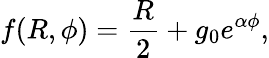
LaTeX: f(R,\phi)=\frac{R}{2}+g_{0}e^{\alpha\phi},